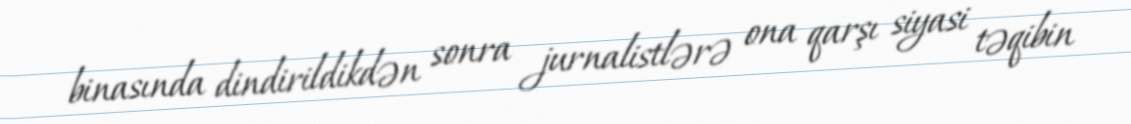
binasında dindirildikdən sonra jurnalistlərə ona qarşı siyasi təqibin